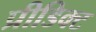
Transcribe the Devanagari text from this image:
प्रीडिक्ट